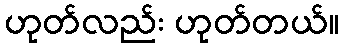
ဟုတ်လည်း ဟုတ်တယ်။